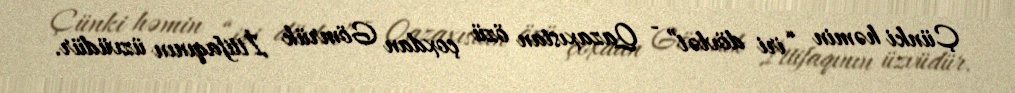
Çünki həmin “iri dövlət” - Qazaxıstan özü çoxdan Gömrük İttifaqının üzvüdür.